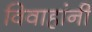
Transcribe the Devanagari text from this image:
विवाहांनी